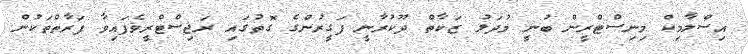
އިސްލާމިކް މިނިސްޓްރީން ބުނީ މުދަލު ޒަކާތް ދޫކުރާނީ ފަގީރުންގެ ގޮތުގައި ރަޖިސްޓްރީވެފައިވާ ފަރާތްތަކުން